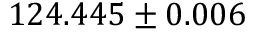
1 2 4 . 4 4 5 \pm 0 . 0 0 6